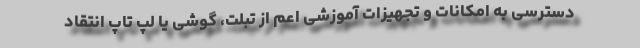
دسترسی به امکانات و تجهیزات آموزشی اعم از تبلت، گوشی یا لپ تاپ انتقاد